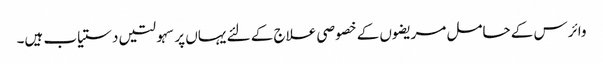
وائرس کے حامل مریضوں کے خصوصی علاج کے لئے یہاں پر سہولتیں دستیاب ہیں۔